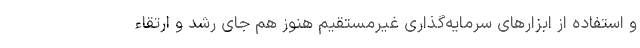
و استفاده از ابزارهای سرمایه‌گذاری غیرمستقیم هنوز هم جای رشد و ارتقاء